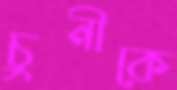
চুনীকে